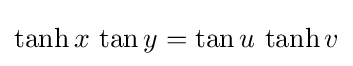
\tanh x\,\tan y=\tan u\,\tanh v